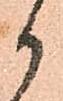
御